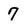
Character: 7